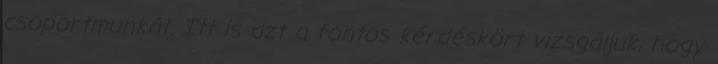
csoportmunkát. Itt is azt a fontos kérdéskört vizsgáljuk, hogy